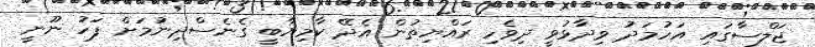
ޖަލްސާގައި އަހުމަދު ވިދާޅުވީ ދިވެހި ރައްޔިތުން އެދޭ ކާމިޔާބީ ގެނެސްދިނުމަށް ފަހު ނޫނީ